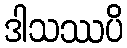
ဒါသဿပိ